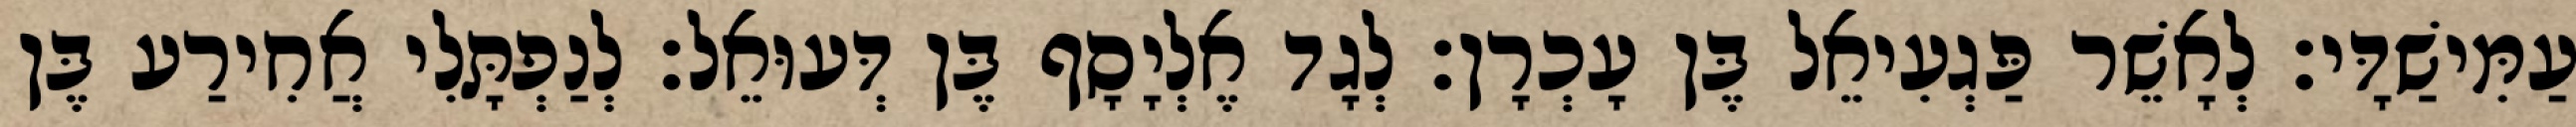
עַמִּישַׁדָּי׃ לְאָשֵׁר פַּגְעִיאֵל בֶּן עָכְרָן׃ לְגָד אֶלְיָסָף בֶּן דְּעוּאֵל׃ לְנַפְתָּלִי אֲחִירַע בֶּן